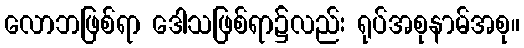
လောဘဖြစ်ရာ ဒေါသဖြစ်ရာ၌လည်း ရုပ်အစုနာမ်အစု။